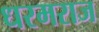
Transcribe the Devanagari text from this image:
धरमराज